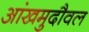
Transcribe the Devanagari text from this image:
आंखमुदौवल